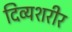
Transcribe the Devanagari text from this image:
दिव्यशरीर